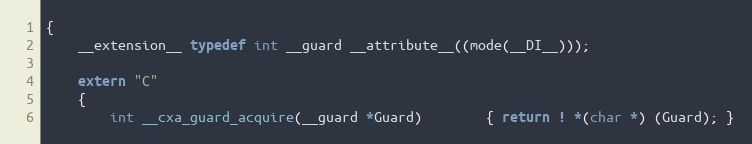
Language: C++
{
	__extension__ typedef int __guard __attribute__((mode(__DI__)));

	extern "C"
	{
		int __cxa_guard_acquire(__guard *Guard)		{ return ! *(char *) (Guard); }